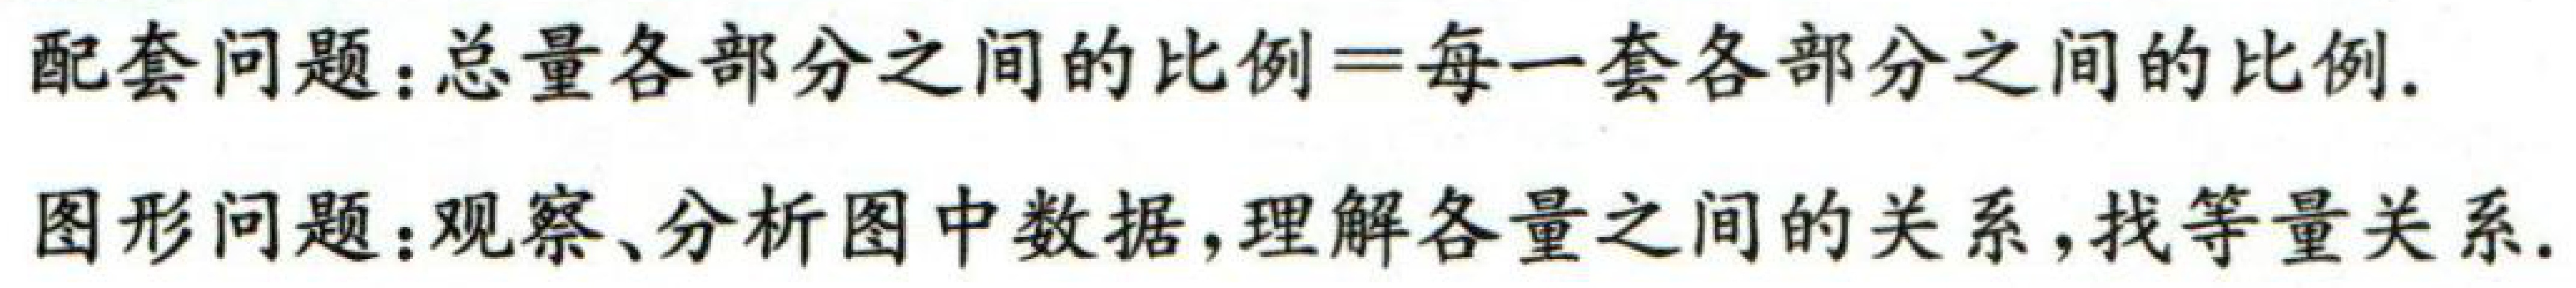
配套问题：总量各部分之间的比例=每一套各部分之间的比例.
图形问题：观察、分析图中数据,理解各量之间的关系,找等量关系.